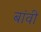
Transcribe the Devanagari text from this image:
बांवी